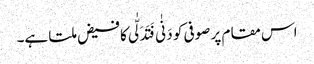
اس مقام پر صوفی کو دَنٰی فَتَدَلّٰی کا فیض ملتا ہے۔